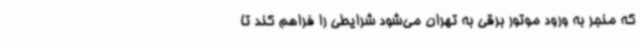
که منجر به ورود موتور برقی به تهران می‌شود شرایطی را فراهم کند تا